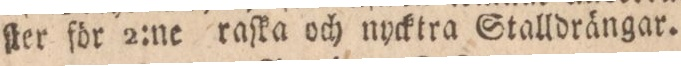
ſter för 2:ne raſka och nycktra Stalldrängar.